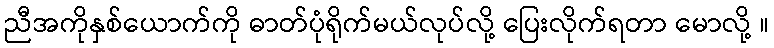
ညီအကိုနှစ်ယောက်ကို ဓာတ်ပုံရိုက်မယ်လုပ်လို့ ပြေးလိုက်ရတာ မောလို့ ။